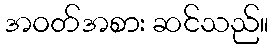
အဝတ်အစား ဆင်သည်။